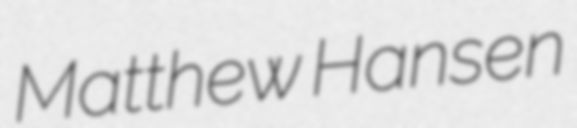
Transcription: Matthew Hansen